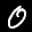
Label: 0